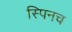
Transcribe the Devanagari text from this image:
स्पिनच